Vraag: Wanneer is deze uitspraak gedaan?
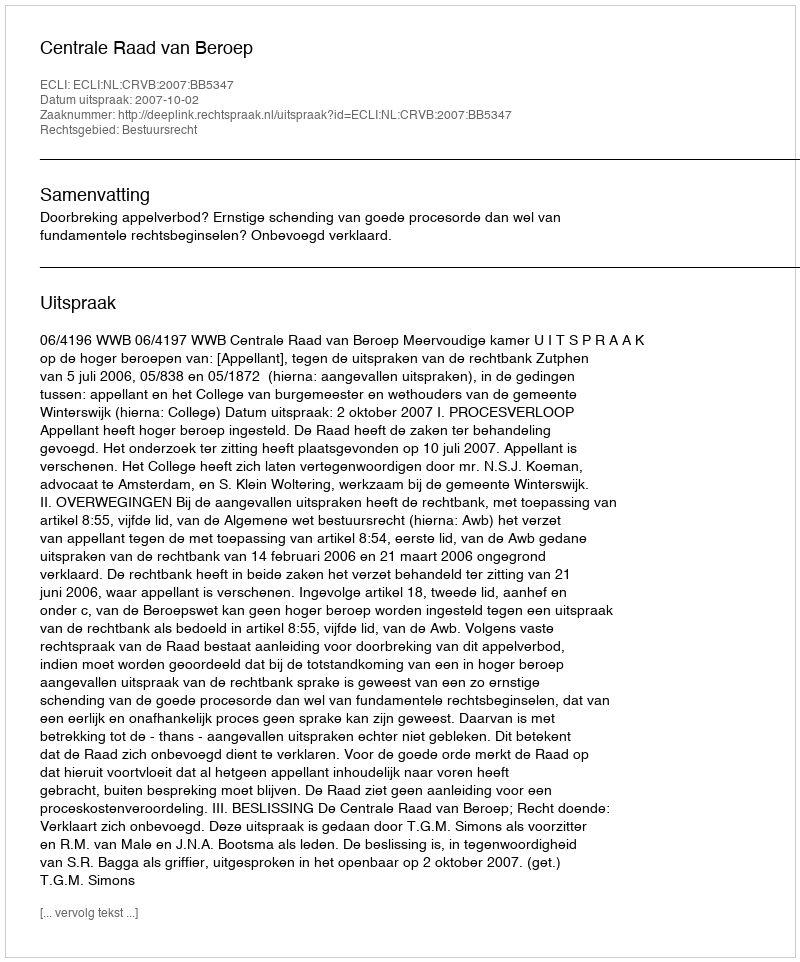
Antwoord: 2007-10-02